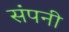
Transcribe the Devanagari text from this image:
संपनी